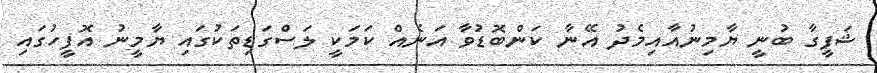
ޝަފީގާ ބުނީ ޔާމިނުއާއިމެދު އޭނާ ކަންބޮޑުވާ އަނެއް ކަމަކީ ލަސްގަޑިތަކުގައި ޔާމީނު އޮފީހުގައި